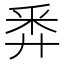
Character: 𢍏